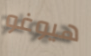
هيوغو